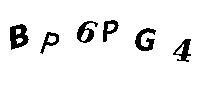
BP6PG4